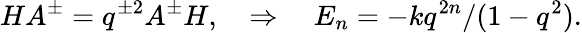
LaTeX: HA^{\pm}=q^{\pm 2}A^{\pm}H,\quad\Rightarrow\quad E_{n}=-kq^{2n}/(1-q^{2}).